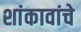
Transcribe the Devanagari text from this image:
शांकावांचे